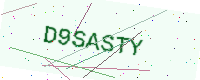
Text: D9SASTY